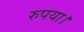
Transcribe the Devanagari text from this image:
रुपया।